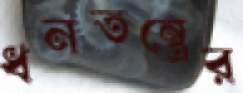
ধনতন্ত্রের